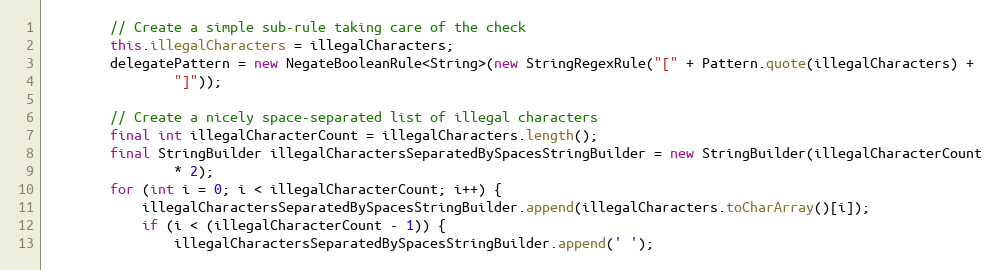
Language: Java
        // Create a simple sub-rule taking care of the check
        this.illegalCharacters = illegalCharacters;
        delegatePattern = new NegateBooleanRule<String>(new StringRegexRule("[" + Pattern.quote(illegalCharacters) +
                "]"));

        // Create a nicely space-separated list of illegal characters
        final int illegalCharacterCount = illegalCharacters.length();
        final StringBuilder illegalCharactersSeparatedBySpacesStringBuilder = new StringBuilder(illegalCharacterCount
                * 2);
        for (int i = 0; i < illegalCharacterCount; i++) {
            illegalCharactersSeparatedBySpacesStringBuilder.append(illegalCharacters.toCharArray()[i]);
            if (i < (illegalCharacterCount - 1)) {
                illegalCharactersSeparatedBySpacesStringBuilder.append(' ');